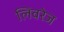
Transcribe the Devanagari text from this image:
लिवरेज